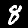
Digit: 8